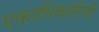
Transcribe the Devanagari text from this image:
एकाधिकारियो